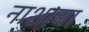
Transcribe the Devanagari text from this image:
नाशाचा